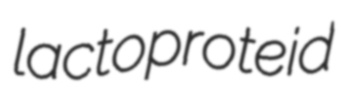
lactoproteid